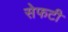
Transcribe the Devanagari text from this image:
सेफटी